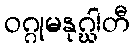
ဝဂ္ဂုမနုဂ္ဃါတီ